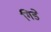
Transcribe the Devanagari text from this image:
गिडे